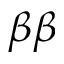
\beta \beta